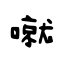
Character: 噈